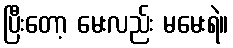
ပြီးတော့ မေးလည်း မမေးရဲ။